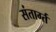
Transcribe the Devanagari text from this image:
संतार्ग्त